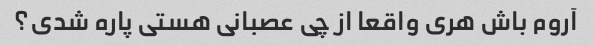
آروم باش هری واقعا از چی عصبانی هستی پاره شدی؟